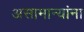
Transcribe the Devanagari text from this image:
असामान्यांना